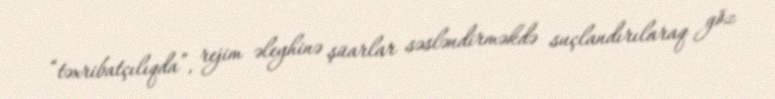
“təxribatçılıqda”, rejim əleyhinə şüarlar səsləndirməkdə suçlandırılaraq göz